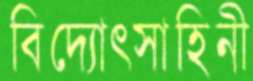
বিদ্যোৎসাহিনী